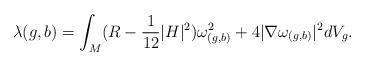
LaTeX: \begin{align*} \lambda(g,b)=\int_M (R-\frac{1}{12}|H|^2)\omega_{(g,b)}^2+4|\nabla \omega_{(g,b)}|^2dV_g.\end{align*}